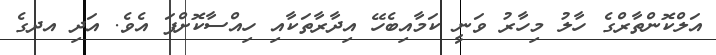
އަލްކޮންތާރްގެ ހާލު މިހާރު ވަނީ ކަމާއިބެހޭ އިދާރާތަކާއި ހިއްސާކޮށްފަ އެވެ. އަދި އދގެ